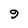
Character: 9